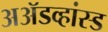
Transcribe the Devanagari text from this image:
अॲडव्हांस्ड